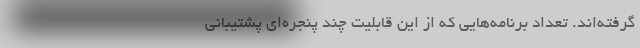
گرفته‌اند. تعداد برنامه‌هایی که از این قابلیت چند پنجره‌ای پشتیبانی